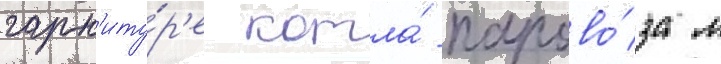
гарн'иту́р'е котла́ парово́за л